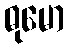
ဓုမော